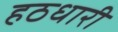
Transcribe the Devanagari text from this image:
हठधारी